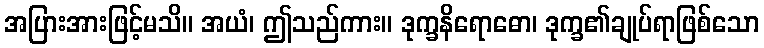
အပြားအားဖြင့်မသိ။ အယံ၊ ဤသည်ကား။ ဒုက္ခနိရောဓော၊ ဒုက္ခ၏ချုပ်ရာဖြစ်သော